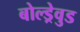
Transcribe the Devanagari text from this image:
बोल्ड्रेवुड